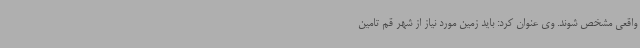
واقعی مشخص شوند. وی عنوان کرد: باید زمین مورد نیاز از شهر قم تامین